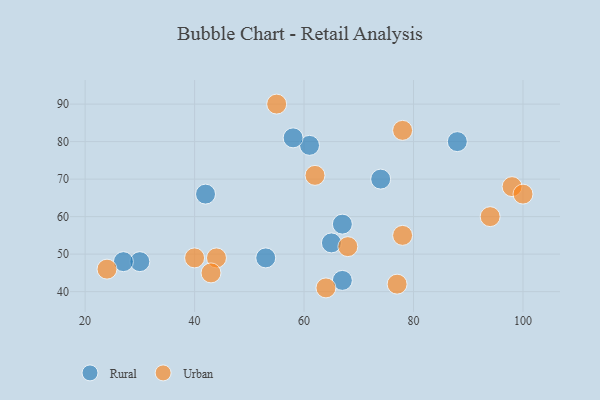
{"axis": {"x": "GDP", "y": "Life Expectancy"}, "legend": ["Rural", "Urban"], "data": [{"x": "42", "y": 66, "type": "Rural"}, {"x": "67", "y": 43, "type": "Rural"}, {"x": "61", "y": 79, "type": "Rural"}, {"x": "53", "y": 49, "type": "Rural"}, {"x": "30", "y": 48, "type": "Rural"}, {"x": "67", "y": 58, "type": "Rural"}, {"x": "74", "y": 70, "type": "Rural"}, {"x": "27", "y": 48, "type": "Rural"}, {"x": "88", "y": 80, "type": "Rural"}, {"x": "58", "y": 81, "type": "Rural"}, {"x": "65", "y": 53, "type": "Rural"}, {"x": "40", "y": 49, "type": "Urban"}, {"x": "78", "y": 55, "type": "Urban"}, {"x": "78", "y": 83, "type": "Urban"}, {"x": "62", "y": 71, "type": "Urban"}, {"x": "55", "y": 90, "type": "Urban"}, {"x": "64", "y": 41, "type": "Urban"}, {"x": "94", "y": 60, "type": "Urban"}, {"x": "98", "y": 68, "type": "Urban"}, {"x": "100", "y": 66, "type": "Urban"}, {"x": "24", "y": 46, "type": "Urban"}, {"x": "44", "y": 49, "type": "Urban"}, {"x": "77", "y": 42, "type": "Urban"}, {"x": "68", "y": 52, "type": "Urban"}, {"x": "43", "y": 45, "type": "Urban"}]}